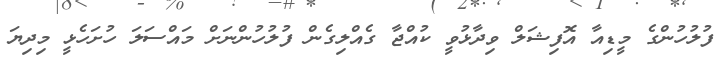
ފުލުހުންގެ މީޑިއާ އޮފިޝަލް ވިދާޅުވީ ކުއްޖާ ގެއްލިގެން ފުލުހުންނަށް މައްސަލަ ހުށަހެޅީ މިދިޔަ